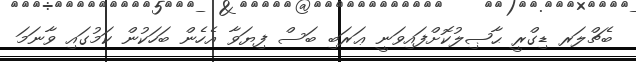
ބެޗްލަރ ޑިގްރީ ޙާޞިލުކޮށްފައިވަނީ ޢަރަބި ބަސް ފިޔަވާ އެހެން ބަހަކުން ކަމުގައި ވާނަމަ